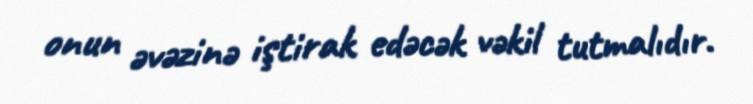
onun əvəzinə iştirak edəcək vəkil tutmalıdır.